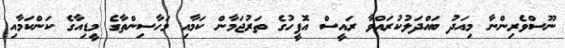
ނޫސްވެރިންނާ މިއަދު ބައްދަލުކުރައްވާ ރައީސް އޮފީހުގެ ތަރުޖަމާން ކަމާއި މަހާސިންތާގެ މީޑިއާގެ ކަންކަމާއި